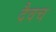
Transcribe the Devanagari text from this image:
दैवच